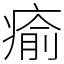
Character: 瘉